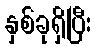
နှစ်ခုရှိပြီး